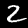
Label: 2